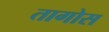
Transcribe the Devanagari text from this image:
तागोस